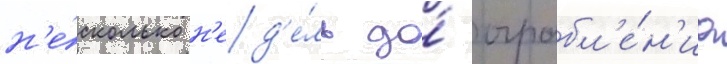
н'е́сколько н'ед'е́ль до́ ограбл'е́н'иа